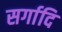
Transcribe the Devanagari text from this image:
सर्गादि